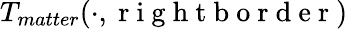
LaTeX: T_{matter}(\cdot,\mathrm{~r~i~g~h~t~b~o~r~d~e~r~})